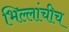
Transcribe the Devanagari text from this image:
भिल्लांचीच